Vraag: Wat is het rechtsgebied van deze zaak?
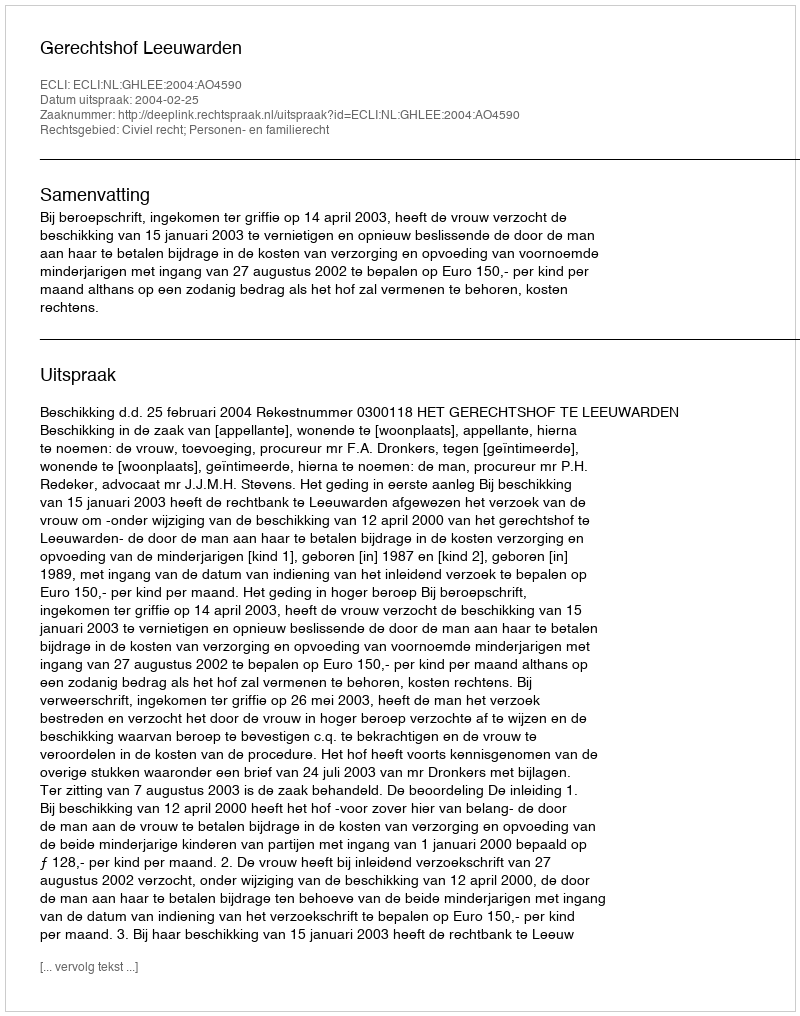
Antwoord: Civiel recht; Personen- en familierecht